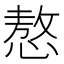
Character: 㥿